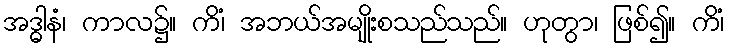
အဒ္ဓါနံ၊ ကာလ၌။ ကိံ၊ အဘယ်အမျိုးစသည်သည်။ ဟုတွာ၊ ဖြစ်၍။ ကိံ၊